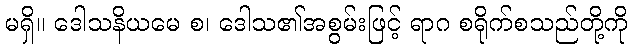
မရှိ။ ဒေါသနိယမေ စ၊ ဒေါသ၏အစွမ်းဖြင့် ရာဂ စရိုက်စသည်တို့ကို